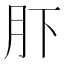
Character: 𱼂